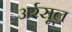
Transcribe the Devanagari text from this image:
अर्रसूल